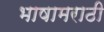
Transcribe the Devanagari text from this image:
भाषामराठी